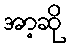
အာ့ဆို